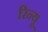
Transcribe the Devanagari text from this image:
रिन्यू